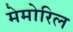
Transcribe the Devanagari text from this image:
मेमोरिल